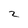
Character: 2